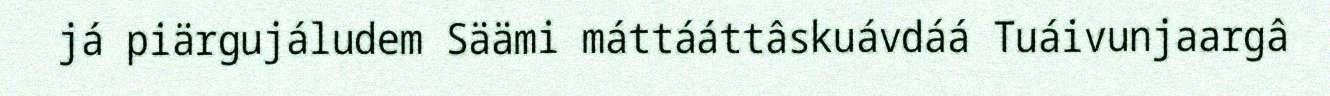
já piärgujáludem Säämi máttááttâskuávdáá Tuáivunjaargâ